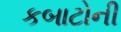
કબાટોની